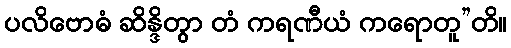
ပလိဗောဓံ ဆိန္ဒိတွာ တံ ကရဏီယံ ကရောတူ”တိ။